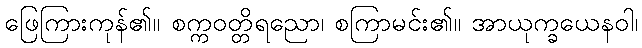
ဖြေကြားကုန်၏။ စက္ကဝတ္တိရညော၊ စကြာမင်း၏။ အာယုက္ခယေနဝါ၊